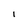
Character: I